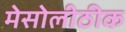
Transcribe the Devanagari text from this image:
मेसोलीठीक